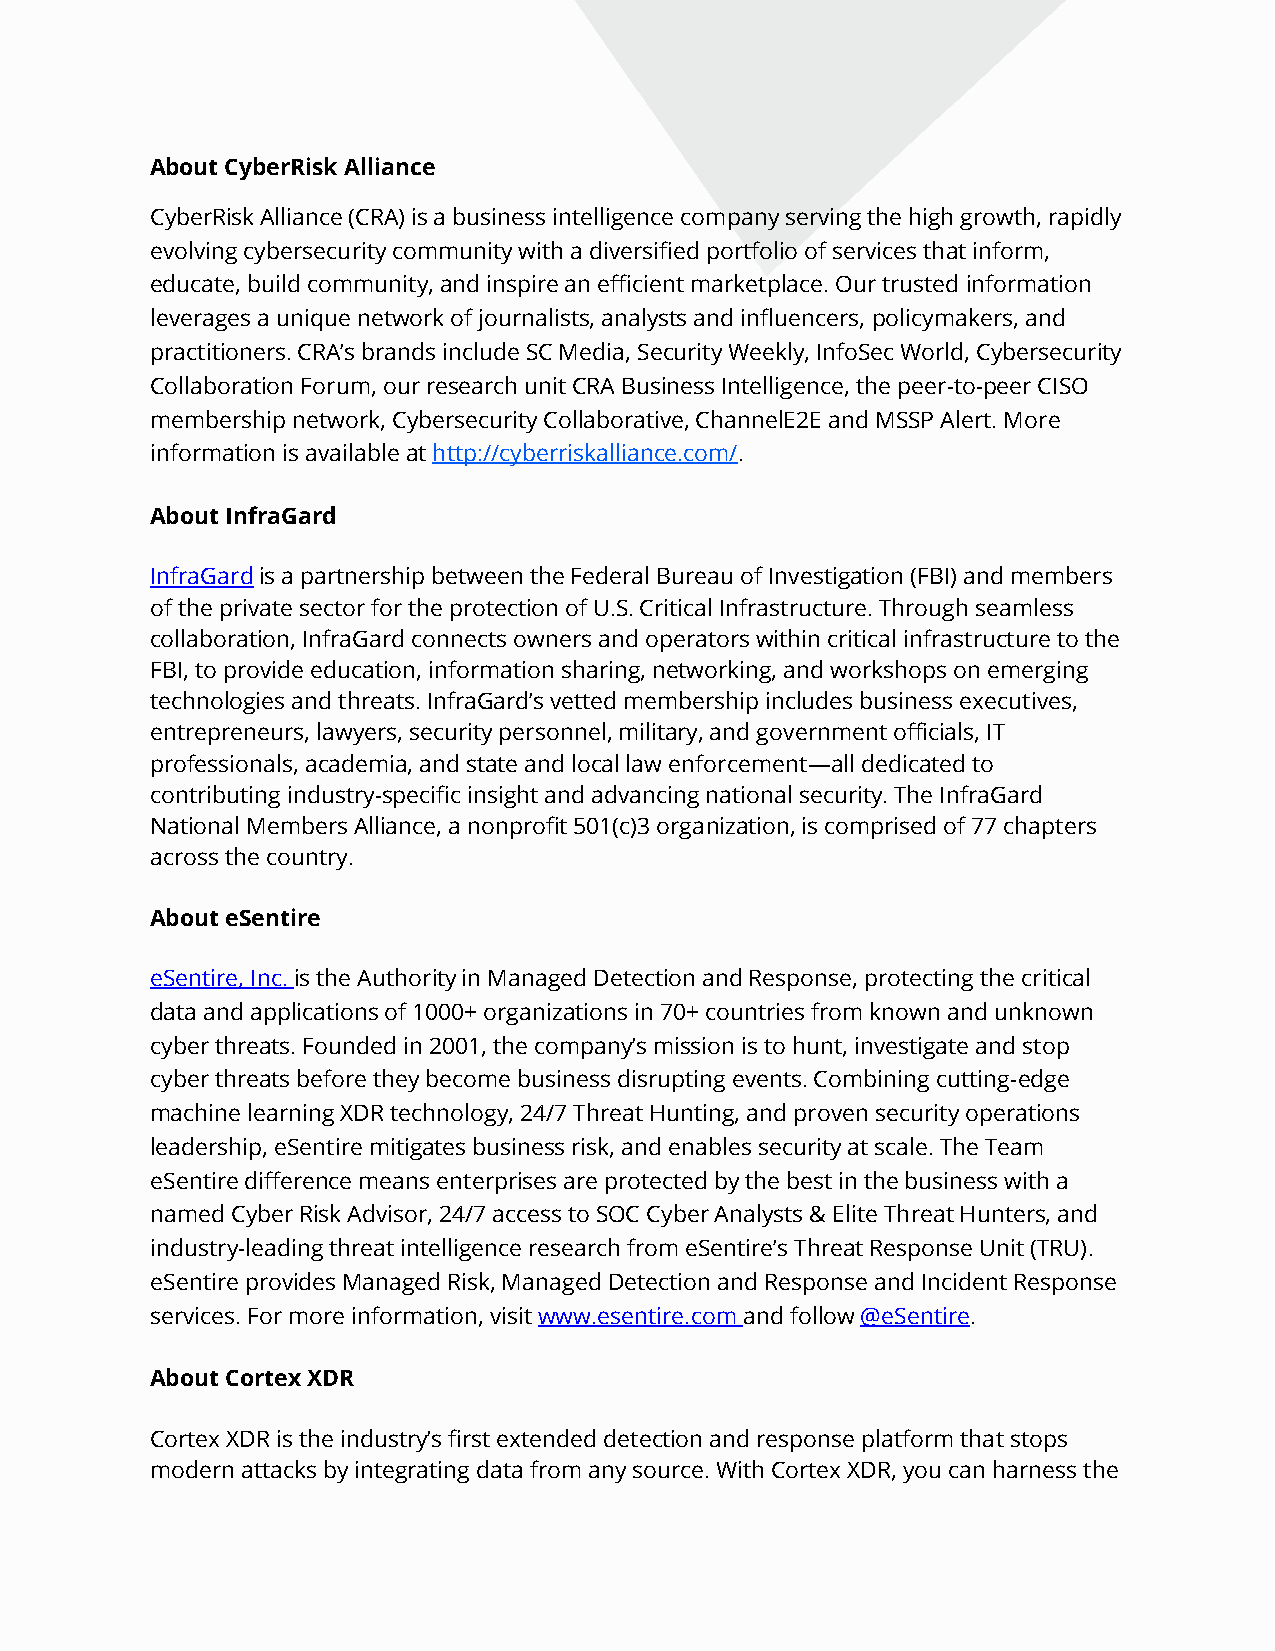
About CyberRisk Alliance
 CyberRisk Alliance (CRA) is a business intelligence company serving the high growth, rapidly
 evolving cybersecurity community with a diversified portfolio of services that inform,
 educate, build community, and inspire an efficient marketplace. Our trusted information
 leverages a unique network of journalists, analysts and influencers, policymakers, and
 practitioners. CRA’s brands include SC Media, Security Weekly, InfoSec World, Cybersecurity
 Collaboration Forum, our research unit CRA Business Intelligence, the peer-to-peer CISO
 membership network, Cybersecurity Collaborative, ChannelE2E and MSSP Alert. More
 information is available at http://cyberriskalliance.com/.
 About InfraGard
 InfraGard is a partnership between the Federal Bureau of Investigation (FBI) and members
 of the private sector for the protection of U.S. Critical Infrastructure. Through seamless
 collaboration, InfraGard connects owners and operators within critical infrastructure to the
 FBI, to provide education, information sharing, networking, and workshops on emerging
 technologies and threats. InfraGard’s vetted membership includes business executives,
 entrepreneurs, lawyers, security personnel, military, and government officials, IT
 professionals, academia, and state and local law enforcement—all dedicated to
 contributing industry-specific insight and advancing national security. The InfraGard
 National Members Alliance, a nonprofit 501(c)3 organization, is comprised of 77 chapters
 across the country.
 About eSentire
 eSentire, Inc. is the Authority in Managed Detection and Response, protecting the critical
 data and applications of 1000+ organizations in 70+ countries from known and unknown
 cyber threats. Founded in 2001, the company’s mission is to hunt, investigate and stop
 cyber threats before they become business disrupting events. Combining cutting-edge
 machine learning XDR technology, 24/7 Threat Hunting, and proven security operations
 leadership, eSentire mitigates business risk, and enables security at scale. The Team
 eSentire difference means enterprises are protected by the best in the business with a
 named Cyber Risk Advisor, 24/7 access to SOC Cyber Analysts & Elite Threat Hunters, and
 industry-leading threat intelligence research from eSentire’s Threat Response Unit (TRU).
 eSentire provides Managed Risk, Managed Detection and Response and Incident Response
 services. For more information, visit www.esentire.com and follow @eSentire.
 About Cortex XDR
 Cortex XDR is the industry’s first extended detection and response platform that stops
 modern attacks by integrating data from any source. With Cortex XDR, you can harness the